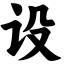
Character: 设